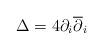
LaTeX: \begin{align*}\Delta=4\partial_{i}\overline{\partial}_{i}\end{align*}